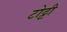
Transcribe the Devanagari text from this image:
टोट्टी